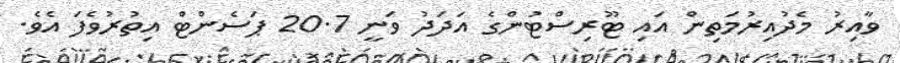
ވާއިރު މެދުއިރުމަތިން އައި ޓޫރިސްޓުންގެ އަދަދު ވަނީ 20.7 ޕަސެންޓް އިތުރުވެފަ އެވެ.